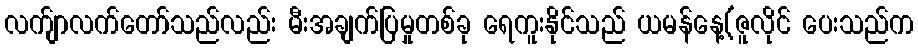
လက်ျာလက်တော်သည်လည်း မီးအချက်ပြမှုတစ်ခု ရေကူးနိုင်သည် ယမန်နေ့(ဇူလိုင် ပေးသည်က